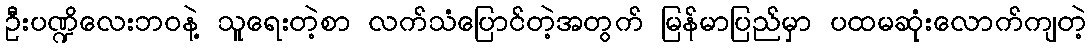
ဦးပဏ္ဍိလေးဘဝနဲ့ သူရေးတဲ့စာ လက်သံပြောင်တဲ့အတွက် မြန်မာပြည်မှာ ပထမဆုံးလောက်ကျတဲ့